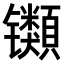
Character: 𫔕